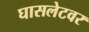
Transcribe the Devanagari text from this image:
घासलेटवर